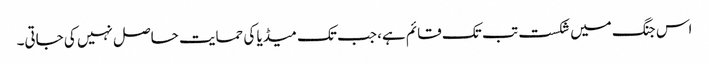
اس جنگ میں شکست تب تک قائم ہے، جب تک میڈیا کی حمایت حاصل نہیں کی جاتی۔